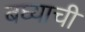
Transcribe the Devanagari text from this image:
बघ्याची